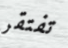
تفتقر